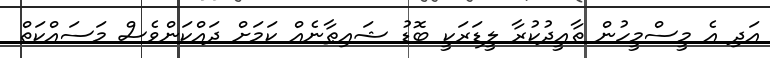
އަދި އެ މީސްމީހުން ތާއީދުކުރާ ލީޑަރަކީ ބޮޑު ޝައިޠާނެއް ކަމަށް ދައްކަންވެސް މަސައްކަތް